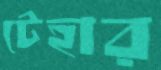
টেহার